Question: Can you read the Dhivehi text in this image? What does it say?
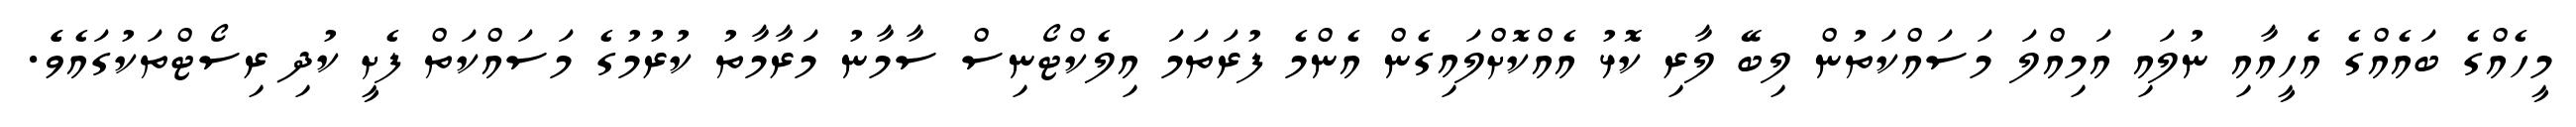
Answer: މީހެއްގެ ބައެއްގެ އެހީއާއި ނުލައި އަމިއްލަ މަސައްކަތުން ލިބޭ ލާރި ކޮޅު އެއްކޮށްލައިގެން އެންމެ ފުރަތަމަ އިލެކްޓޯނިސް ސާމާނު މަރާމާތު ކުރުމުގެ މަސައްކަތް ފެށީ ކުދި ރިސޯޓްތަކުގައެވެެ.